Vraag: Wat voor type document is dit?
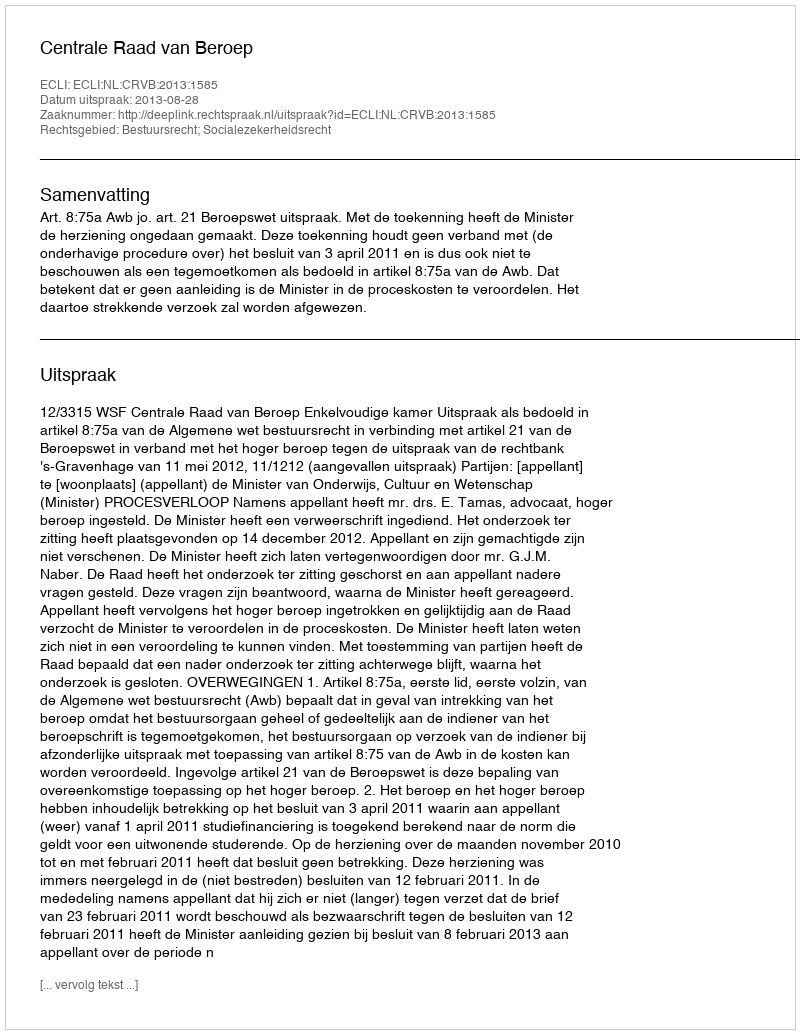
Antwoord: Uitspraak